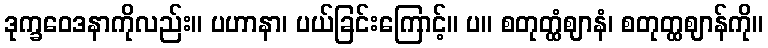
ဒုက္ခဝေဒနာကိုလည်း။ ပဟာနာ၊ ပယ်ခြင်းကြောင့်။ ပ။ စတုတ္ထံဈာနံ၊ စတုတ္ထဈာန်ကို။